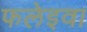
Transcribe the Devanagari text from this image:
फलेइवा